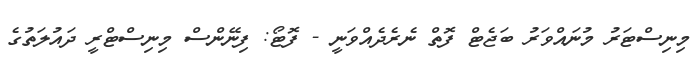
މިނިސްޓަރު މުނައްވަރު ބަޖެޓް ފޮތް ނެރެދެއްވަނީ - ފޮޓޯ: ފިނޭންސް މިނިސްޓްރީ ދައުލަތުގެ